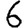
Digit: 6